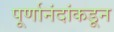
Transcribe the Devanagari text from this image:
पूर्णानंदांकडून